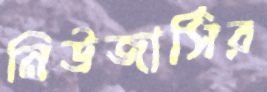
নিউজার্সির